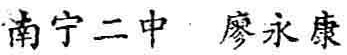
南宁二中 廖永康